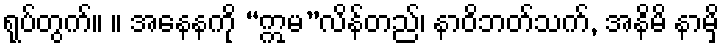
ရုပ်တွက်။ ။ အနေနကို “ဣမ”လိန်တည်၊ နာဝိဘတ်သက်, အနိမိ နာမှိ